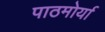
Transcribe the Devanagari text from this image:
पाठमोर्या